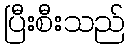
ပြီးစီးသည်